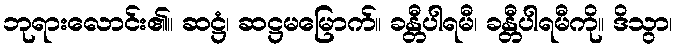
ဘုရားလောင်း၏။ ဆဋ္ဌံ၊ ဆဋ္ဌမမြောက်။ ခန္တီပါရမီ၊ ခန္တီပါရမီကို။ ဒိသွာ၊